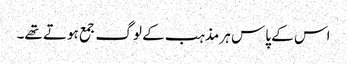
اس کے پاس ہر مذہب کے لوگ جمع ہوتے تھے۔